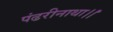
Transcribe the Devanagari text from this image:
पंढरीनाथा।।